Civil Veterinary Department. United Provinces 1932-42 - 1932-1942
Year: 1932
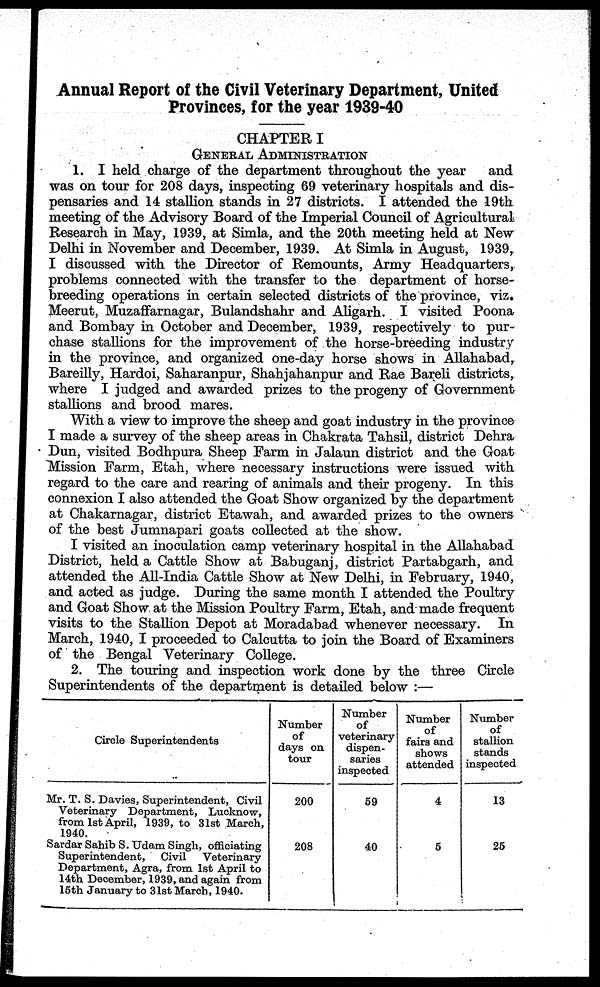
Annual Report of the Civil Veterinary Department, United
Provinces, for the year 1939-40
CHAPTER I
GENERAL ADMINISTRATION
1. I held charge of the department throughout the year
and
was on tour for 208 days, inspecting 69 veterinary hospitals and dis-
pensaries and 14 stallion stands in 27 districts. I attended the 19th
meeting of the Advisory Board of the Imperial Council of Agricultural
Research in May, 1939, at Simla, and the 20th meeting held at New-
Delhi in November and December, 1939. At Simla in August, 1939,
I discussed with the Director of Remounts, Army Headquarters,
problems connected with the transfer to the department of horse-
breeding operations in certain selected districts of the province, viz.
Meerut, Muzaffarnagar, Bulandshahr and Aligarh. I visited Poona
and Bombay in October and December, 1939, respectively to pur-
chase stallions for the improvement of the horse-breeding industry
in the province, and organized one-day horse shows in Allahabad,
Bareilly, Hardoi, Saharanpur, Shahjahanpur and Rae Bareli districts,
where I judged and awarded prizes to the progeny of Government
stallions and brood mares.
With a view to improve the sheep and goat industry in the province
I made a survey of the sheep areas in Chakrata Tahsil, district Dehra
Dun, visited Bodhpura Sheep Farm in Jalaun district and the Goat
Mission Farm, Etah, where necessary instructions were issued with
regard to the care and rearing of animals and their progeny. In this
connexion I also attended the Goat Show organized by the department
at Chakarnagar, district Etawah, and awarded prizes to the owners
of the best Jumnapari goats collected at the show.
I visited an inoculation camp veterinary hospital in the Allahabad
District, held a Cattle Show at Babuganj, district Partabgarh, and
attended the All-India Cattle Show at New Delhi, in February, 1940,
and acted as judge. During the same month I attended the Poultry
and Goat Show at the Mission Poultry Farm, Etah, and made frequent
visits to the Stallion Depot at Moradabad whenever necessary. In
March, 1940, I proceeded to Calcutta to join the Board of Examiners
of the Bengal Veterinary College.
2. The touring and inspection work done by the three Circle
Superintendents of the department is detailed below:—
Circle Superintendents
Mr. T. S. Davies, Superintendent, Civil
Veterinary Department, Lucknow,
from 1st April, 1939, to 31st March,
1940.
Sardar Sahib S. Udam Singh, officiating
Superintendent,
Civil
Veterinary
Department, Agra, from 1st April to
14th December, 1939, and again from
15th January to 31st March, 1940.
Number
of
days on
tour
200
208
Number
of
veterinary
dispen-
saries
inspected
59
40
Number
of
fairs and
shows
attended
4
5
Number
of
stallion
stands
inspected
13
25